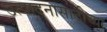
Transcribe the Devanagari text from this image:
उत्पादनासाठीच्या